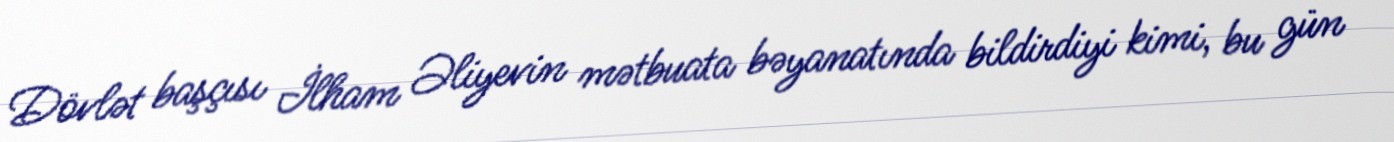
Dövlət başçısı İlham Əliyevin mətbuata bəyanatında bildirdiyi kimi, bu gün